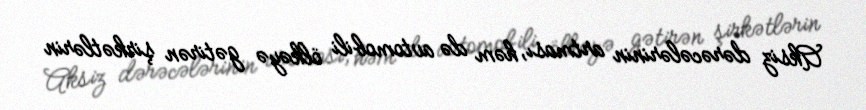
Aksiz dərəcələrinin artması, həm də avtomobili ölkəyə gətirən şirkətlərin